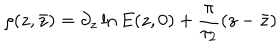
LaTeX: \rho ( z , \bar { z } ) = \partial _ { z } \ln { E ( z , 0 ) } + \frac { \pi } { \tau _ { 2 } } ( z - \bar { z } )